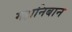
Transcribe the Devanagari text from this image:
महानिबान